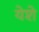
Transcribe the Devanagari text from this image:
येशे